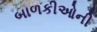
બાળકીઓની